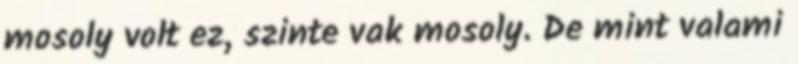
mosoly volt ez, szinte vak mosoly. De mint valami